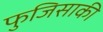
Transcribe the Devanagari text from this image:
फुजिसाकी